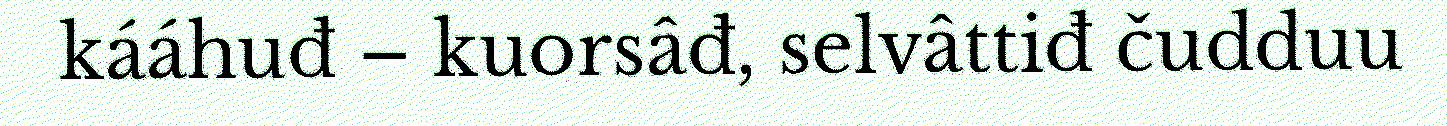
kááhuđ – kuorsâđ, selvâttiđ čudduu